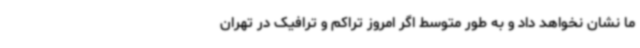
ما نشان نخواهد داد و به طور متوسط اگر امروز تراکم و ترافیک در تهران